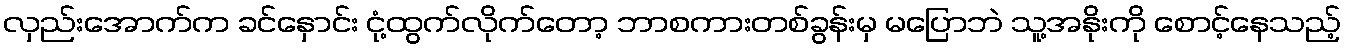
လှည်းအောက်က ခင်နှောင်း ငုံ့ထွက်လိုက်တော့ ဘာစကားတစ်ခွန်းမှ မပြောဘဲ သူ့အနိုးကို စောင့်နေသည့်